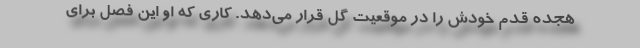
هجده قدم خودش را در موقعیت گل قرار می‌دهد. کاری که او این فصل برای